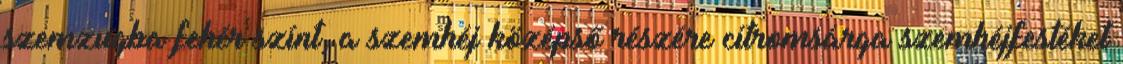
szemzugba fehér színt, a szemhéj középső részére citromsárga szemhéjfestéket